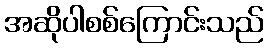
အဆိုပါစစ်ကြောင်းသည်